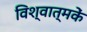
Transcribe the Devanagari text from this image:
विश्वात्मकें